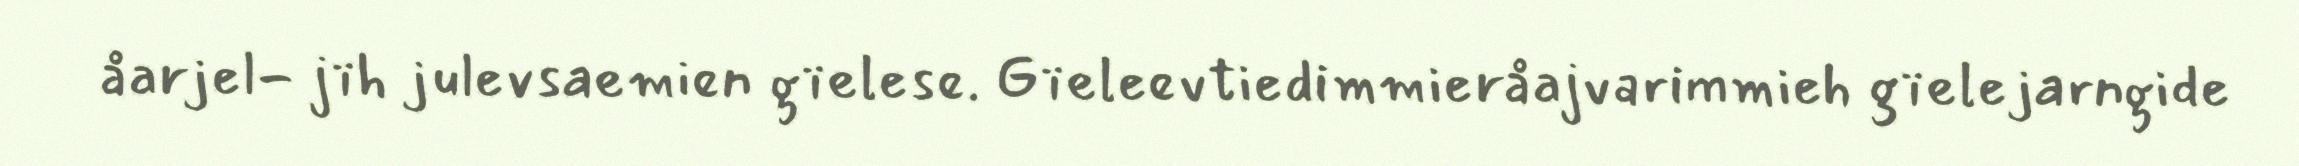
åarjel- jïh julevsaemien gïelese. Gïeleevtiedimmieråajvarimmieh gïelejarngide